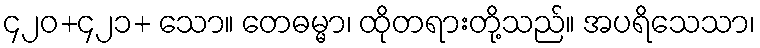
၄၂၀+၄၂၁+ သော။ တေဓမ္မာ၊ ထိုတရားတို့သည်။ အပရိသေသာ၊